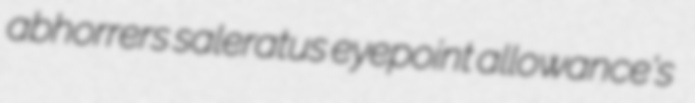
abhorrers saleratus eyepoint allowance's